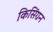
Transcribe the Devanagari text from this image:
किसिंग्रन